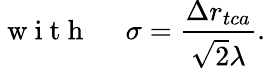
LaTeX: \mathrm{~w~i~t~h~\quad~}\sigma=\frac{\Delta r_{tca}}{\sqrt{2}\lambda}.